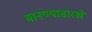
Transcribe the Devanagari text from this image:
मानण्यासारखे